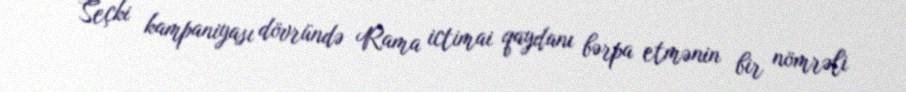
Seçki kampaniyası dövründə Rama ictimai qaydanı bərpa etmənin bir nömrəli